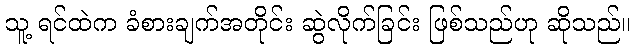
သူ့ ရင်ထဲက ခံစားချက်အတိုင်း ဆွဲလိုက်ခြင်း ဖြစ်သည်ဟု ဆိုသည်။